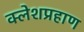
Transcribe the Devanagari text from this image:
क्लेशप्रहाण